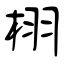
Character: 栩